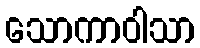
သောကာဝါသာ